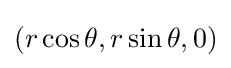
(r\cos \theta ,r\sin \theta ,0)